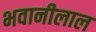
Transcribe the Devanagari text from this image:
भवानीलाल